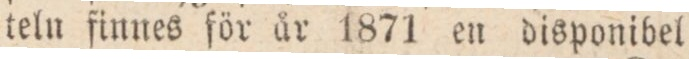
teln finnes för år 1871 en disponibel